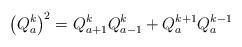
LaTeX: \begin{align*}\left( Q_{a}^{k}\right) ^{2}=Q_{a+1}^{k}Q_{a-1}^{k}+Q_{a}^{k+1}Q_{a}^{k-1}\end{align*}